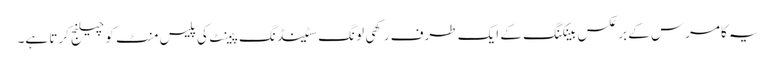
یہ کامرس کے بر عکس بینکنگ کے ایک طرف رکھی لونگ سٹینڈنگ پیمنٹ کی پلیس منٹ کو چیلنج کرتا ہے۔